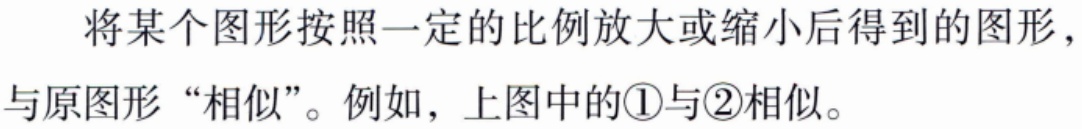
将某个图形按照一定的比例放大或缩小后得到的图形，与原图形“相似”。例如，上图中的\textcircled{1}与\textcircled{2}相似。